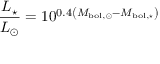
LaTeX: { \frac { L _ { \star } } { L _ { \odot } } } = 1 0 ^ { 0 . 4 \left( M _ { \mathrm { b o l , \odot } } - M _ { \mathrm { b o l , \star } } \right) }